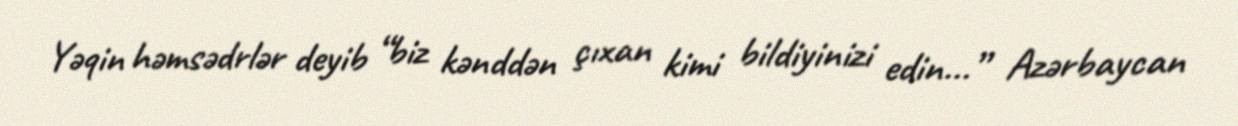
Yəqin həmsədrlər deyib “biz kənddən çıxan kimi bildiyinizi edin...” Azərbaycan